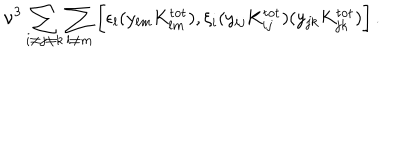
LaTeX: \nu ^ { 3 } \sum _ { i \ne j \ne k } \sum _ { l \ne m } \bigg [ \epsilon _ { l } ( y _ { l m } K _ { l m } ^ { \mathrm { t o t } } ) , \xi _ { i } ( y _ { i j } K _ { i j } ^ { \mathrm { t o t } } ) ( y _ { j k } K _ { j k } ^ { \mathrm { t o t } } ) \bigg ] \, .